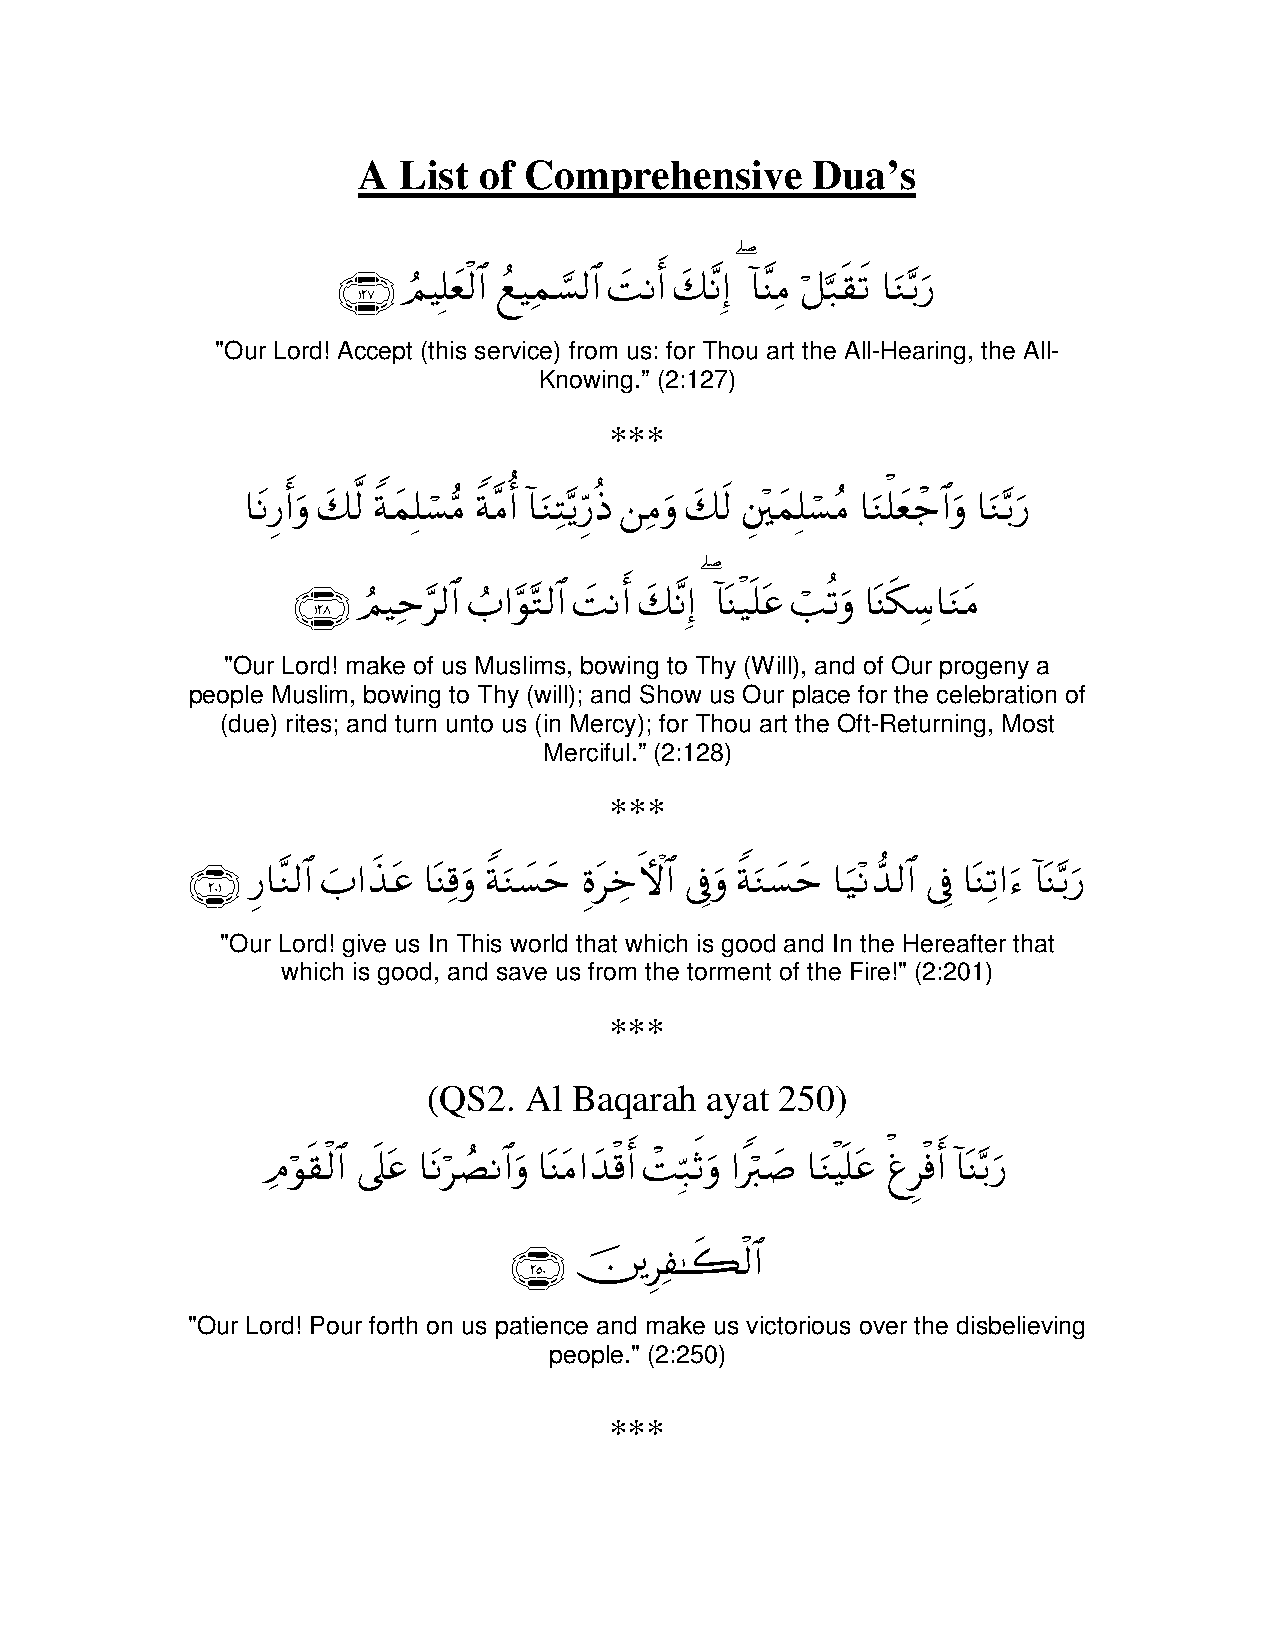
A List  of Comprehensive      Dua’s
 ∩⊇⊄∠∪ ΟŠ=yè9$# ìŠϑ¡9$# |MΡr& y7Ρ) !$ΨΒ ≅7s)s? $uΖ/u‘
 Þ Î ø ß Ï ¡         ¨ Î ( ¨ Ï ö ¬ −
 "Our Lord! Accept (this service) from us: for Thou art the All-Hearing, the All-
 Knowing.” (2:127)
 ***
 $tΡ‘r&uρ y79 πyϑ=¡Β πΒ& !$uΖFƒ‘Œ Βuρ y7s9 yϑ=¡Β $uΖ=yè_$#uρ $uΖ/u‘
 Í    © Z Î ó • Z ¨ é Ï − Íh è Ï È ÷ Î ó ã ù ô   −
 ∩⊇⊄∇∪ ΟŠm9$# >#θG9$# |MΡr& y7Ρ) !$oΨ‹n=tã =?uρ $oΨs3™$uΖtΒ
 Þ Ï §  Ü  § −        ¨ Î ( ø ó è    Å
 "Our Lord! make of us Muslims, bowing to Thy (Will), and of Our progeny a
 people Muslim, bowing to Thy (will); and Show us Our place for the celebration of
 (due) rites; and turn unto us (in Mercy); for Thou art the Oft-Returning, Most
 Merciful.” (2:128)
 ***
 ∩⊄⊃⊇∪ ‘$Ζ9$# z>#x‹tã $oΨ%uρ πuΖ|¡ym οtzFψ$# ’ûuρ πuΖ|¡ym $u‹Ρ‰9$# ’û $oΨ?#u !$oΨ/u‘
 Í ¨          Ï Z      Í Å     Î Z       ÷ ‘   Î Ï    −
 "Our Lord! give us In This world that which is good and In the Hereafter that
 which is good, and save us from the torment of the Fire!" (2:201)
 ***
 (QS2.  Al Baqarah  ayat 250)
 Θθs)9$# ’n?tã $tΡÁΡ$#uρ $oΨtΒ#y‰%r& M7rOuρ #9|¹ $uΖŠn=tã øùr& !$oΨ/u‘
 Ï ö ø      ö Ý         ø ô Îm  Z ö   ø   ù Ì ø −
 ∩⊄∈⊃∪ š"≈x69$#
 Í Ï   ø
 "Our Lord! Pour forth on us patience and make us victorious over the disbelieving
 people." (2:250)
 ***